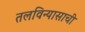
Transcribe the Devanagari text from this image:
तलविन्यासाची